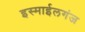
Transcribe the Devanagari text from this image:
इस्माईलगंज